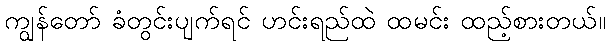
ကျွန်တော် ခံတွင်းပျက်ရင် ဟင်းရည်ထဲ ထမင်း ထည့်စားတယ်။